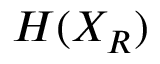
H ( X _ { R } )